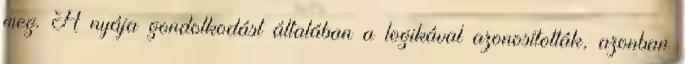
meg. A nyája gondolkodást általában a logikával azonosították, azonban